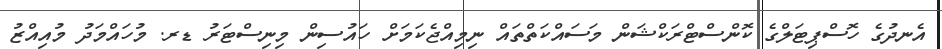
އެނދުގެ ހޮސްޕިޓަލްގެ ކޮންސްޓްރަކްޝަން މަސައްކަތްތައް ނިމިއްޖެކަމަށް ހައުސިން މިނިސްޓަރު ޑރ. މުހައްމަދު މުއިއްޒު